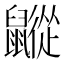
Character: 𪖁